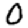
Digit: 0